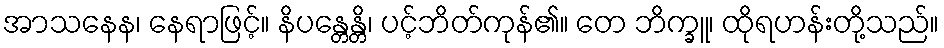
အာသနေန၊ နေရာဖြင့်။ နိပန္တေန္တိ၊ ပင့်ဘိတ်ကုန်၏။ တေ ဘိက္ခူ၊ ထိုရဟန်းတို့သည်။